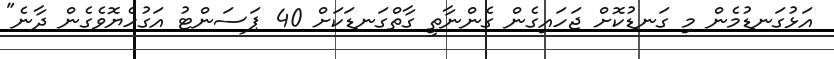
އަޅުގަނޑުމެން މި ގަނޑުކޮށް ޖަހައިގެން ގެންނާތީ ގާތްގަނޑަކަށް 40 ޕަސަންޓު އަގުހެޔޮވެގެން ދާނެ"